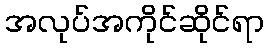
အလုပ်အကိုင်ဆိုင်ရာ